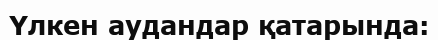
Үлкен аудандар қатарында: